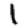
Digit: 1